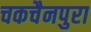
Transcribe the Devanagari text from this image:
चकचैनपुरा